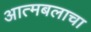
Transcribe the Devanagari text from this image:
आत्मबलाचा